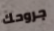
جروحك